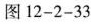
12-2-33